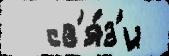
  св'я́з'и